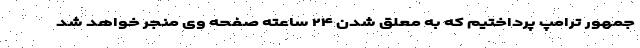
جمهور ترامپ پرداختیم که به معلق شدن ۲۴ ساعته صفحه وی منجر خواهد شد